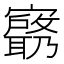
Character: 𫴟